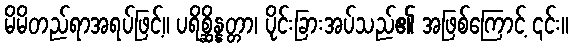
မိမိတည်ရာအရပ်ဖြင့်။ ပရိစ္ဆိန္နတ္တာ၊ ပိုင်းခြားအပ်သည်၏ အဖြစ်ကြောင့် ၎င်း။